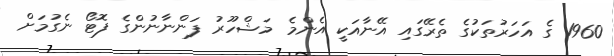
1960 ގެ އަހަރުތަކުގެ ތެރޭގައި އޭނާއަކީ އެންމެ މަޝްހޫރު ފަންނާނުންގެ ފޮޓޯ ނެގުމަށް